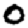
Digit: 0